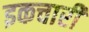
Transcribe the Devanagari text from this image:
इकचारी